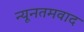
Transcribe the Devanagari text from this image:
न्यूनतमवाद